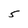
Character: 5